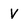
Character: V